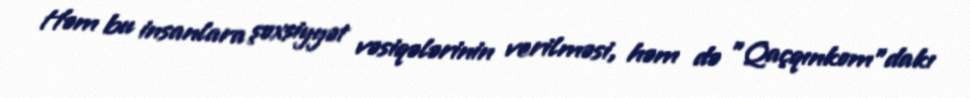
Həm bu insanlara şəxsiyyət vəsiqələrinin verilməsi, həm də ”Qaçqınkom"dakı